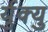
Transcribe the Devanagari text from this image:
र्युक्यु